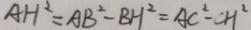
A H ^ { 2 } = A B ^ { 2 } - B H ^ { 2 } = A C ^ { 2 } - C H ^ { 2 }